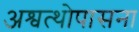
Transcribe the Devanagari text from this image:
अश्वत्थोपासना